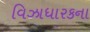
વિઝાધારકના